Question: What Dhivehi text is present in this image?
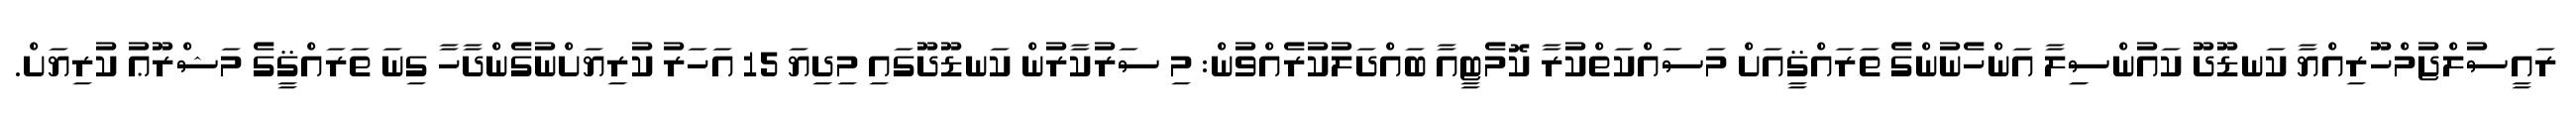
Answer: ރައީސުލްޖުމްހޫރިއްޔާ ކަނޑޫދޫ ކައުންސިިލާ އަންހެނުންގެ ތަރައްޤީއަށް މަސައްކަތްކުރާ ކޮމެޓީއާ ބައްދަލުކުރެއްވުން: މި ސަރުކާރުން ކަނޑޫދޫގައި މިދިޔަ 15 އަހަރު ކުރިޔަށްނުގެންދާހާ ގިނަ ތަރައްޤީގެ މަޝްރޫޢު ކުރިޔަށް.